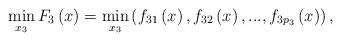
LaTeX: \begin{align*} \mathop{\min }\limits_{x_{3} } F_{3} \left(x\right)=\mathop{\min }\limits_{x_{3} } \left(f_{31} \left(x\right),f_{32} \left(x\right),...,f_{3p_{3} } \left(x\right)\right), \end{align*}